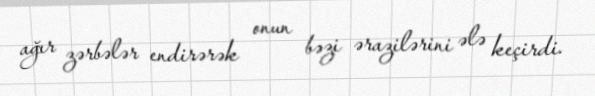
ağır zərbələr endirərək onun bəzi ərazilərini ələ keçirdi.